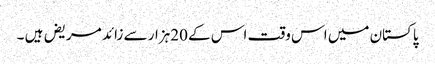
پاکستان میں اس وقت اس کے 20ہزار سے زائد مریض ہیں ۔